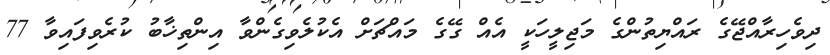
ދިވެހިރާއްޖޭގެ ރައްޔިތުންގެ މަޖިލީހަކީ އެއް ގޭގެ މައްޗަށް އެކުލެވިގެންވާ އިންތިޚާބު ކުރެވިފައިވާ 77